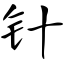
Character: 针